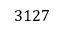
3 1 2 7